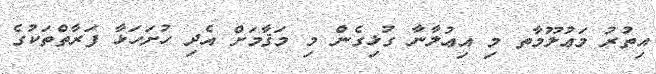
އިތުރު މަޢުލޫމާތ މި އިޢުލާނާ ގުޅިގެން މި މަޤާމަށް އެދި ހުށަހަޅާ ފަރާތްތަކުގެ